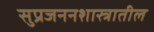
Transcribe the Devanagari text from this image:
सुप्रजननशास्त्रातील